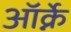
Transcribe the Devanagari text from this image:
ऑर्क्ने